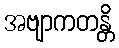
အဗျာကတန္တိ